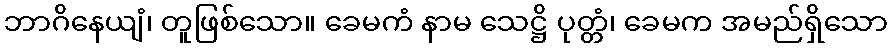
ဘာဂိနေယျံ၊ တူဖြစ်သော။ ခေမကံ နာမ သေဋ္ဌိ ပုတ္တံ၊ ခေမက အမည်ရှိသော